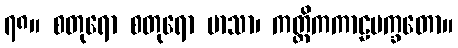
၇၈။ စတုရော စတုရော မာသာ၊ ကတ္တိကကာဠပက္ခတော။